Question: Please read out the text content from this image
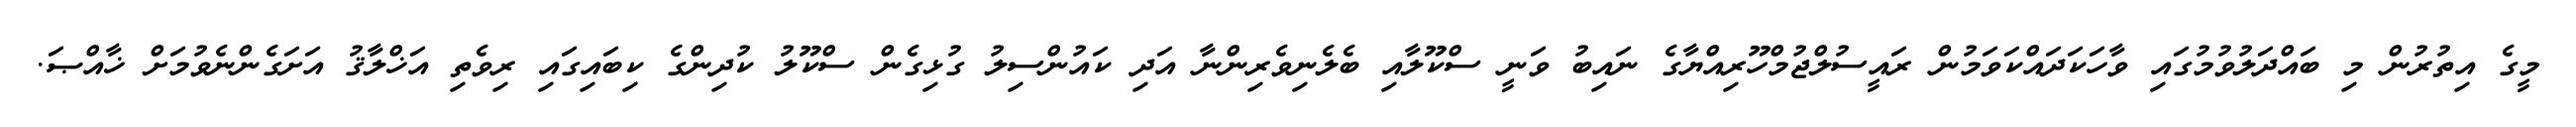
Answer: މީގެ އިތުރުން މި ބައްދަލުވުމުގައި ވާހަކަދައްކަވަމުން ރައީސުލްޖުމްހޫރިއްޔާގެ ނައިބު ވަނީ ސްކޫލާއި ބެލެނިވެރިންނާ އަދި ކައުންސިލު ގުޅިގެން ސްކޫލު ކުދިންގެ ކިބައިގައި ރިވެތި އަޚްލާޤު އަށަގެންނެވުމަށް ޚާއްޞަ.